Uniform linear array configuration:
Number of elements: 64
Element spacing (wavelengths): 0.25
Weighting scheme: kaiser
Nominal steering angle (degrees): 30
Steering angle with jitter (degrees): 29.525
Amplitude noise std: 0.05
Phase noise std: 0.05

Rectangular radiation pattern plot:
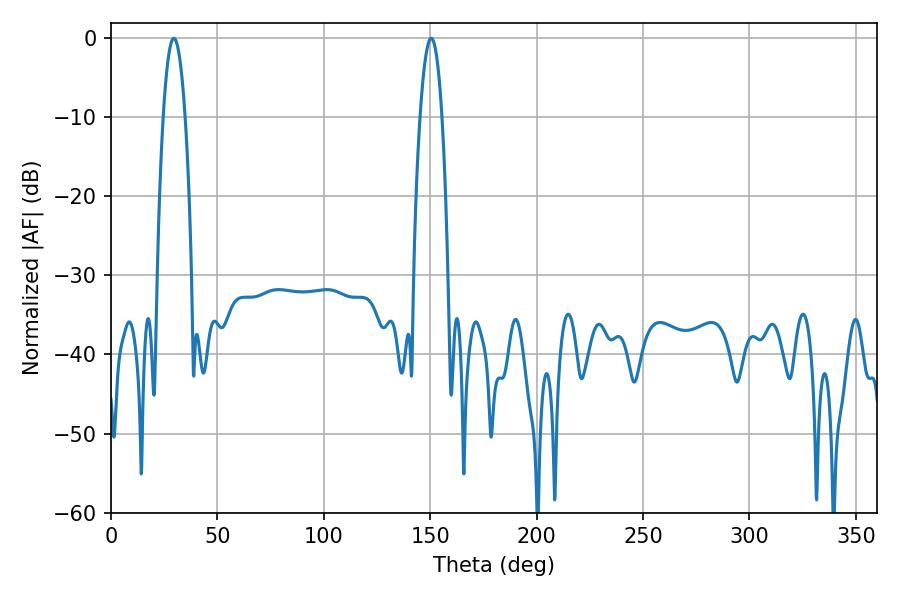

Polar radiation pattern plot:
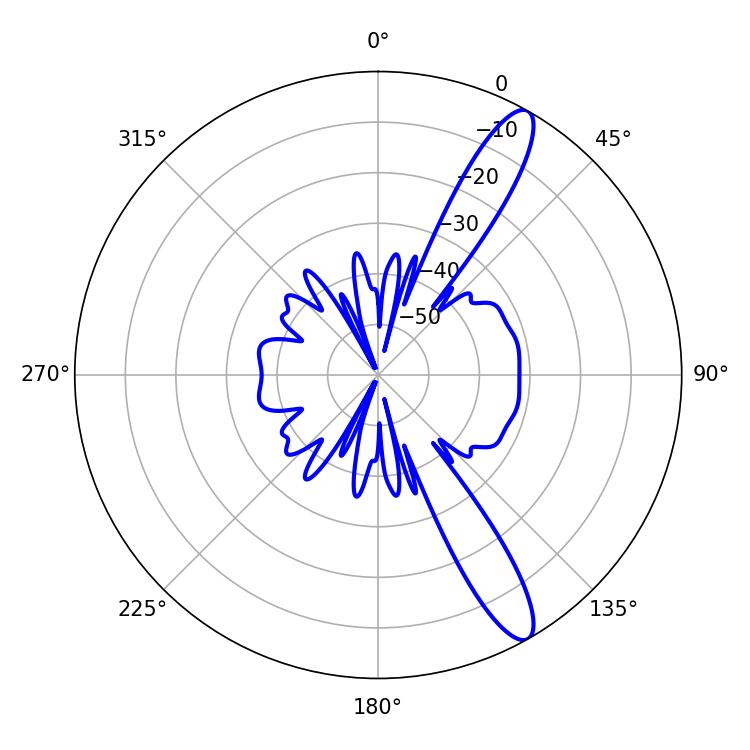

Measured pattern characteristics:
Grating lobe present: FALSE
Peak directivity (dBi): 12.756
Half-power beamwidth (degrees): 5.58
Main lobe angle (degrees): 29.52